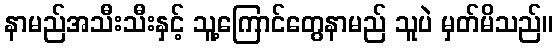
နာမည်အသီးသီးနှင့် သူ့ကြောင်တွေနာမည် သူပဲ မှတ်မိသည်။